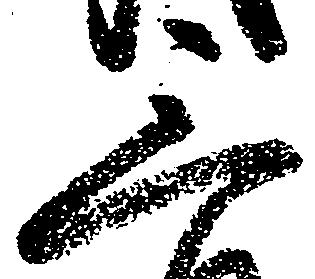
三